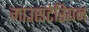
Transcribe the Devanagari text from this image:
माउसटेरियन